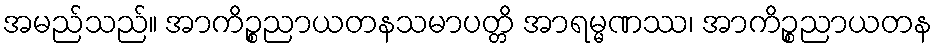
အမည်သည်။ အာကိဉ္စညာယတနသမာပတ္တိ အာရမ္မဏဿ၊ အာကိဉ္စညာယတန